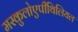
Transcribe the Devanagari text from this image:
मस्कुलोएपीथिलियल